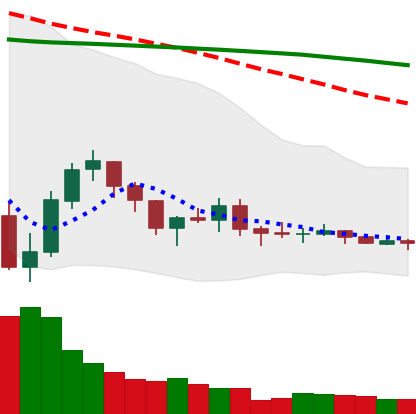
Ticker: XLM-USD
Chart end date: 2019-08-04
Forward return: -12.087%
Label: down_7plus